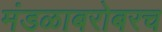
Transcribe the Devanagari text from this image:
मंडळाबरोबरच